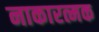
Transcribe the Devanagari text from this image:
नाकारत्मक